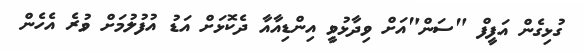
ގުޅިގެން އަފީފް "ސަން"އަށް ވިދާޅުވީ އިންޑިއާއާ ދެކޮޅަށް އަޑު އުފުލުމަށް ވުރެ އެެހެން